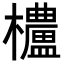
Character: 𬅒